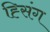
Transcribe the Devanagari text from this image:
ह्सिंग